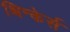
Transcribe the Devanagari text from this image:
थिन्केर्स